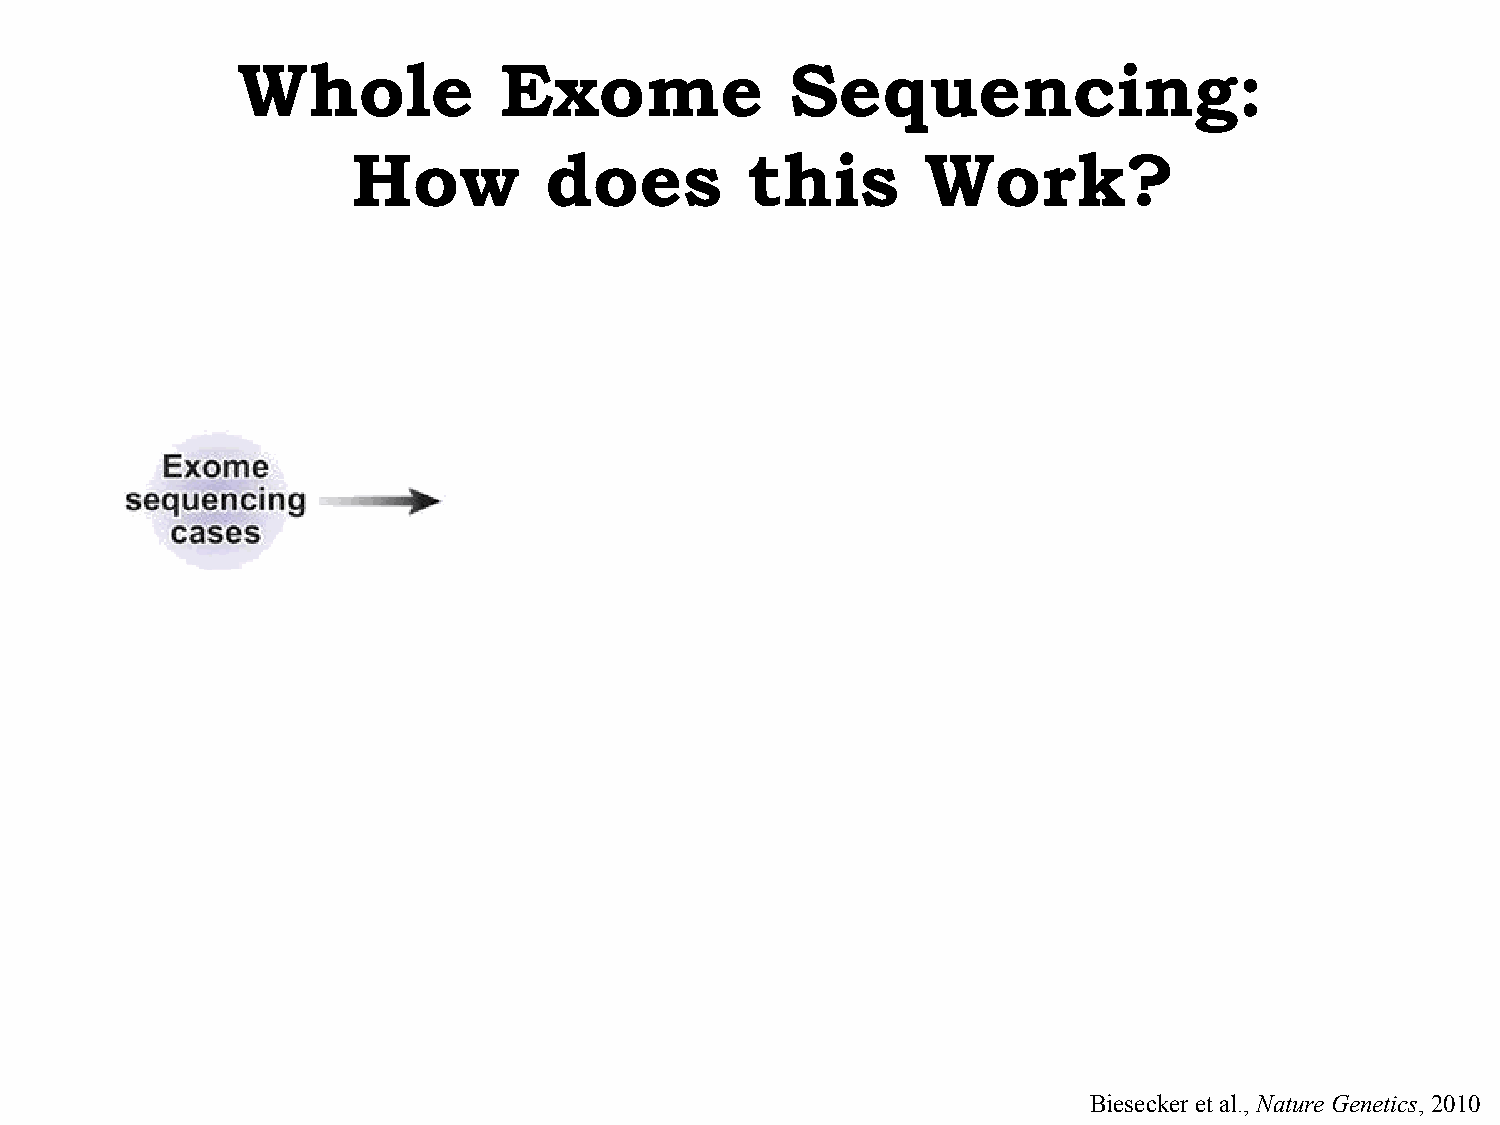
Whole            Exome              Sequencing:
 How          does         this        Work?
 Biesecker et al., Nature Genetics, 2010